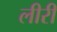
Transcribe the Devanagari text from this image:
लीरी